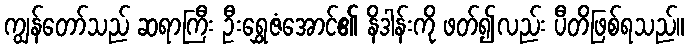
ကျွန်တော်သည် ဆရာကြီး ဦးရွှေဇံအောင်၏ နိဒါန်းကို ဖတ်၍လည်း ပီတိဖြစ်ရသည်။